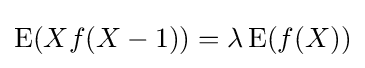
\operatorname {E} (Xf(X-1))=\lambda \operatorname {E} (f(X))